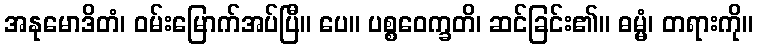
အနုမောဒိတံ၊ ဝမ်းမြောက်အပ်ပြီ။ ပေ။ ပစ္စဝေက္ခတိ၊ ဆင်ခြင်း၏။ ဓမ္မံ၊ တရားကို။